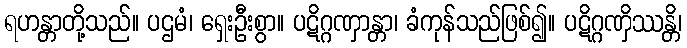
ရဟန္တာတို့သည်။ ပဌမံ၊ ရှေးဦးစွာ။ ပဋိဂ္ဂဏှာန္တာ၊ ခံကုန်သည်ဖြစ်၍။ ပဋိဂ္ဂဏှိဿန္တိ၊